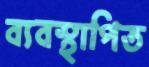
ব্যবস্থাপিত